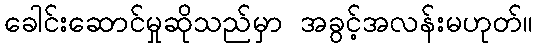
ခေါင်းဆောင်မှုဆိုသည်မှာ အခွင့်အလန်းမဟုတ်။